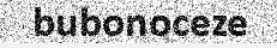
bubonoceze